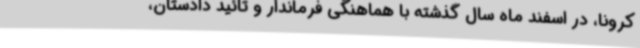
کرونا، در اسفند ماه سال گذشته با هماهنگی فرماندار و تائید دادستان،